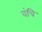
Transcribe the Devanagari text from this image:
वंचि